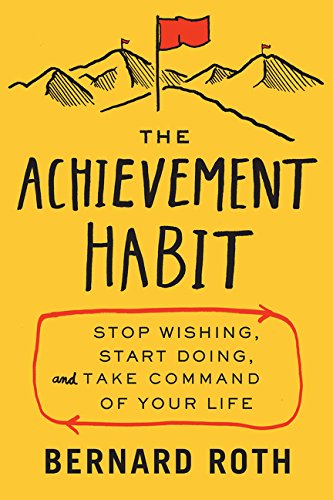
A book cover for The Achievement Habit: Stop Wishing, Start Doing, and Take Command of Your Life; Bernard Roth; Business & Money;